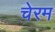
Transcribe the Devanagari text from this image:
चेरम